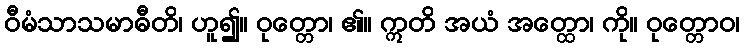
ဝီမံသာသမာဓီတိ၊ ဟူ၍။ ဝုတ္တော၊ ၏။ ဣတိ အယံ အတ္ထော၊ ကို။ ဝုတ္တောဝ၊